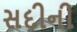
સદીની